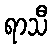
ရာသီ